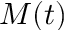
M ( t )